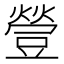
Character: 䝁